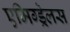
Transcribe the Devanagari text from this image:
एमिग्ड्रेलस